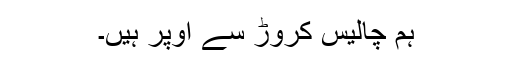
ہم چالیس کروڑ سے اوپر ہیں۔